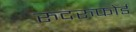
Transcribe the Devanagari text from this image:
रुदरुफोर्ड